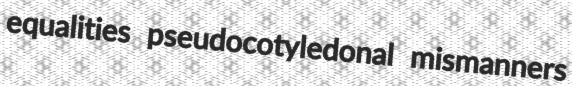
equalities pseudocotyledonal mismanners